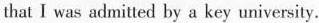
that I was admitted by a key university.